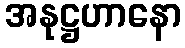
အနုဋ္ဌဟာနော